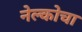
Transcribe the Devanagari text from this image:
नेल्कोचा